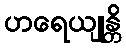
ဟရေယျုန္တိ